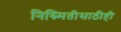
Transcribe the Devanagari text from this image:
निस्र्मितीसाठीही